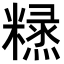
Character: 𥼙